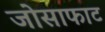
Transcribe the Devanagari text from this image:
जोसाफाट